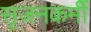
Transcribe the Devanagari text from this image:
सृजनकर्मी